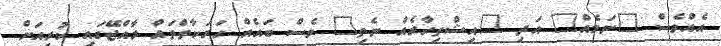
އެއްވެސް "ނަމެއް" އަދި "އިޝްތިހާރެއް ނެތި" ވެސް ބައެއް ހަރަކާތްތައް ރާއްޖޭގައި ކުރިއަށް